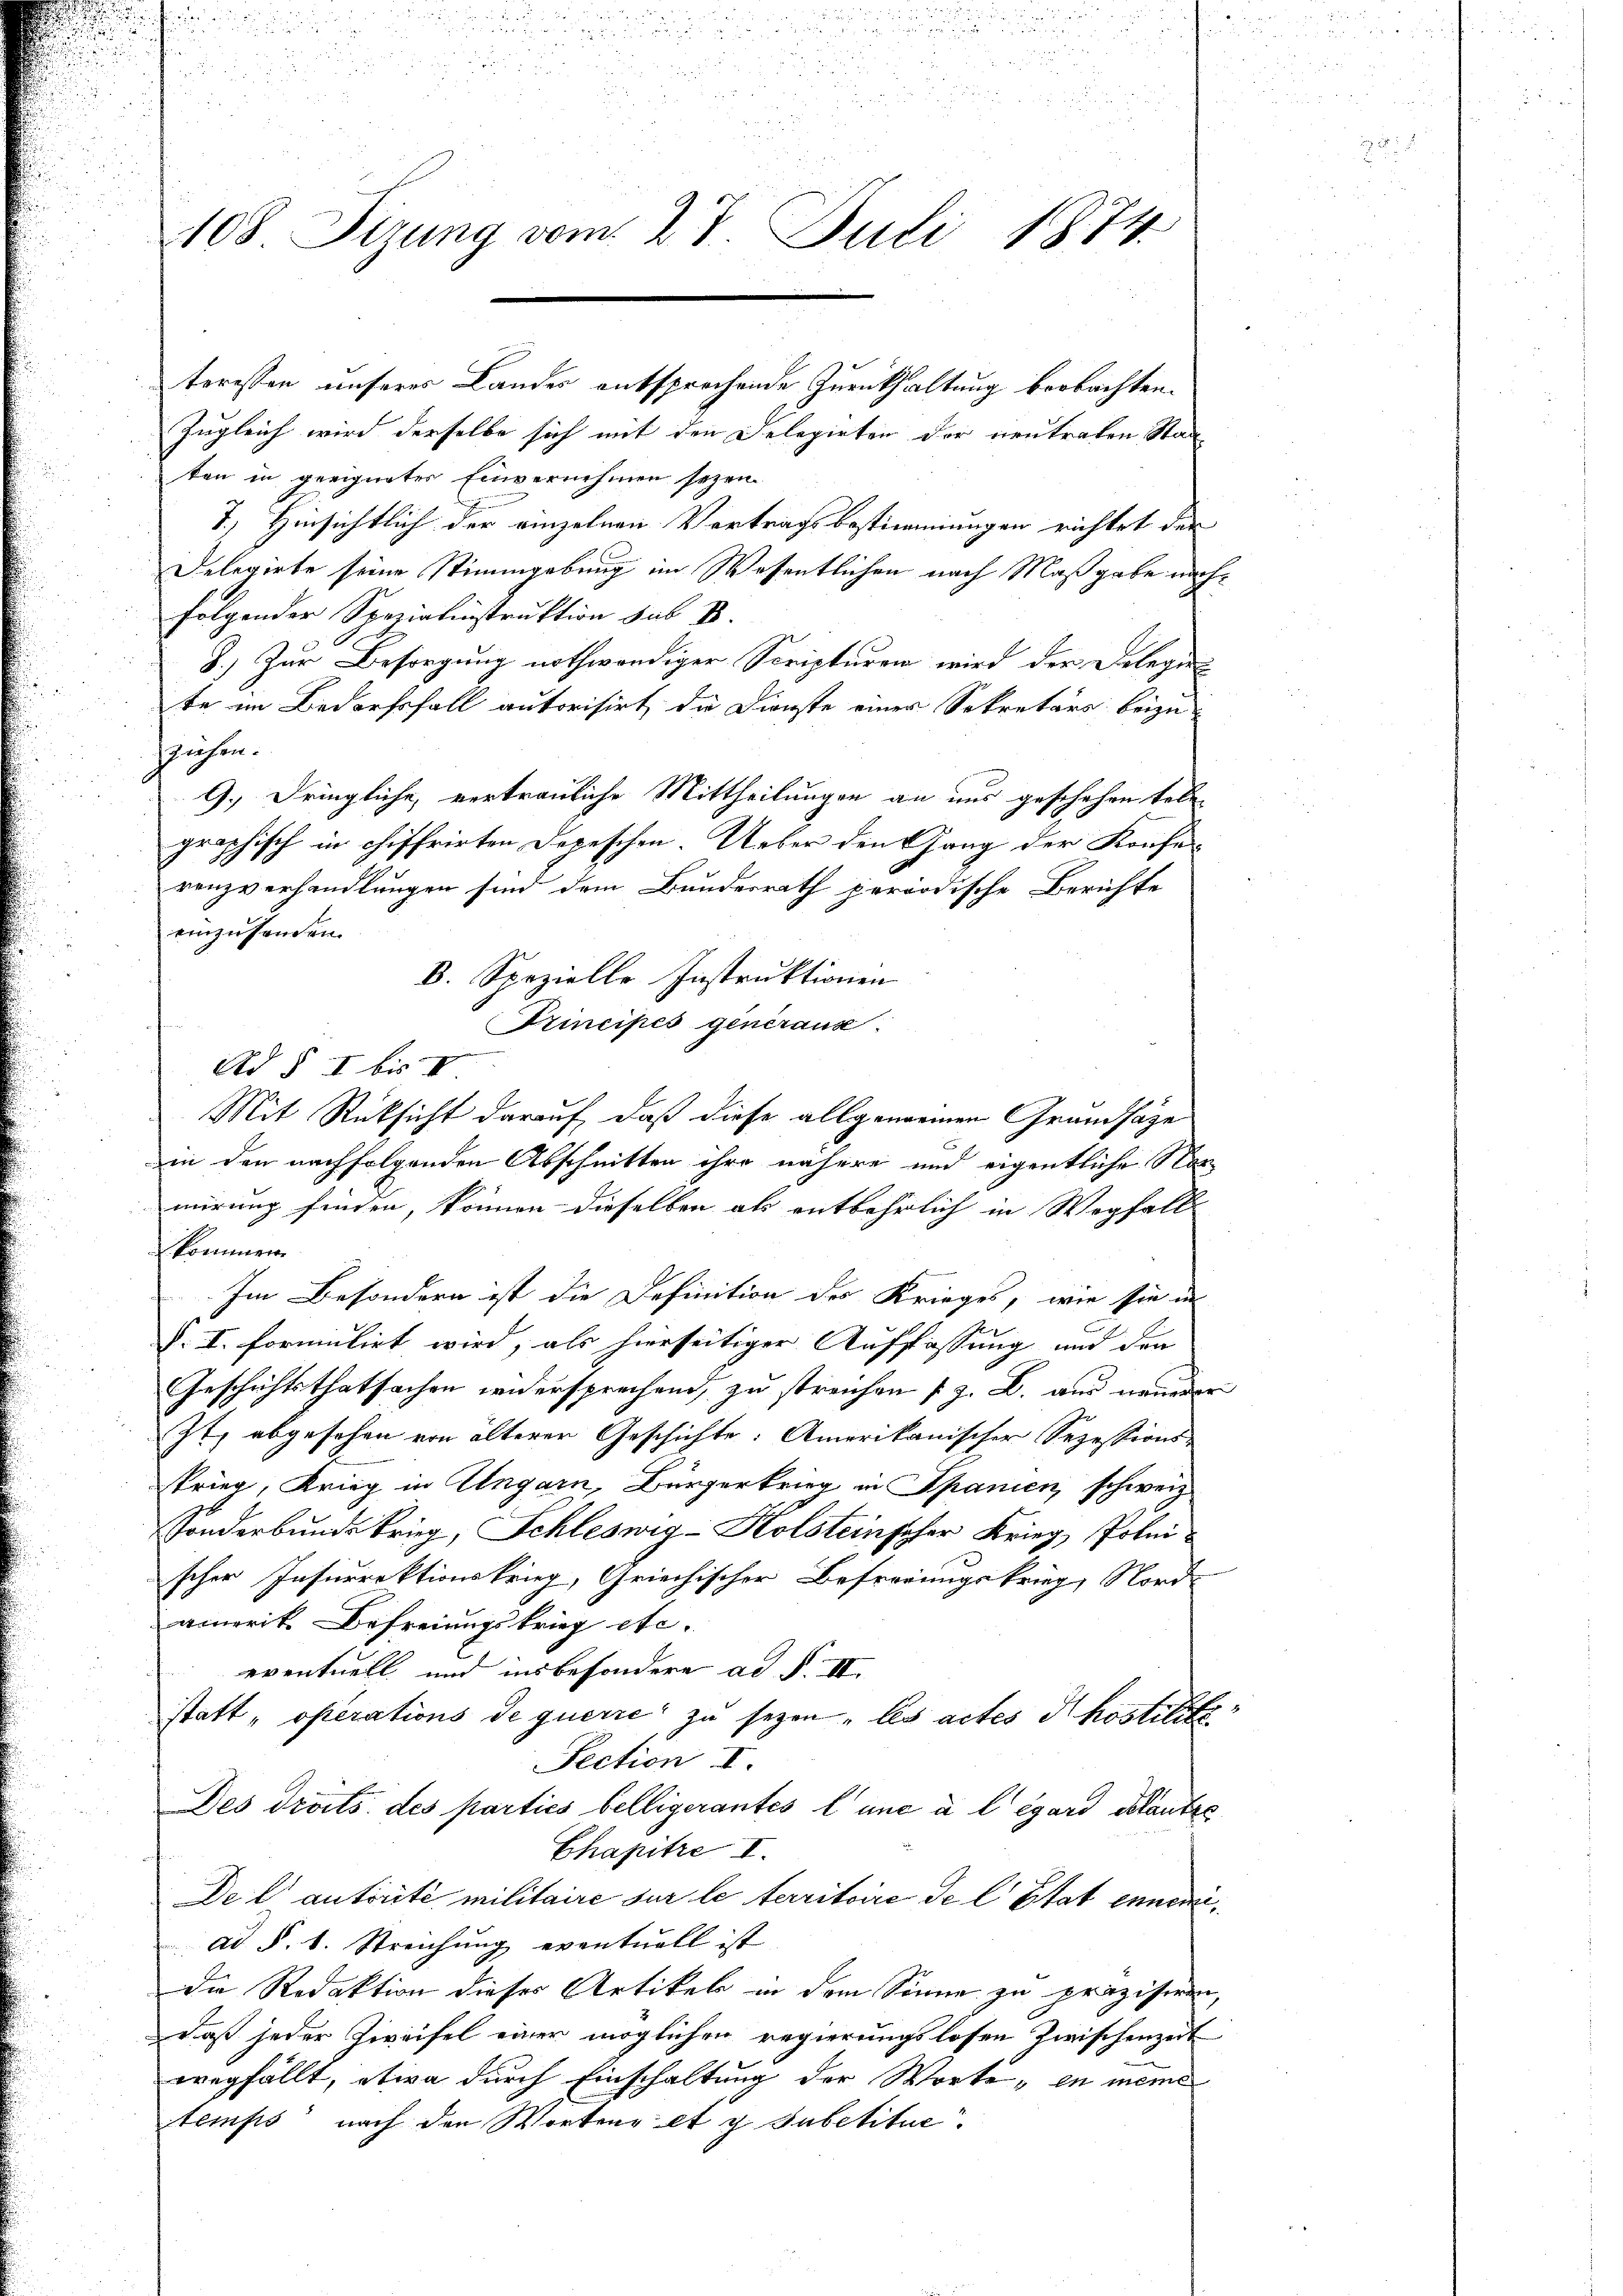
u
u
u
108 Sizung vom 27. Juli 1874

teressen unseres Landes entsprechende Zurückhaltung beobachten.
Zugleich wird derselbe sich mit den Selegirten der neutraten Staa
ten in geeigneter Einvernehmen sezen
7.) Hinsichtlich der einzelnen Vertragsbestimmungen richtet der
Delegirte seine Stimmgebung im Wesentlichen nach Maßgabe nachfolgender Spezialinstruktion sub IV.
J.) Zur Besorgung nothwendiger Scripturen wird der Delegie
te im Bedarfsfall autorisirt, die Dienste einer Sekretärs beizu
Eichen.
G. dringliche, vertrauliche Mittheilungen an uns geschehen tele
graphisch in chiffrirten Depeschen. Ueber den Gang der Konferenzverhandlungen sind dem Bundesrath periodische Berichte
einzusenden.
B. Spezielle Instruktionen
Trincipes generanz.
Ad § I bis I
Mit Rücksicht darauf, daß diese allgemeinen Grandsätze
in den nachfolgenden Abschnitten ihre nähere und eigentliche Nor
mirung finden, können dieselben als entbehrlich in Wegfall
kommen.
Im Besondern ist die Definition des Krieges, wie sie in
P. I. formulirt wird, als hierseitiger Auffassung und Fra
Geschichtsthatsachen wiedersprechend, zu streichen (z. B. aus neuerer
It, abgesehen von älterer Geschichte. Amerikanischer Sezessions-
Krieg, Krieg in Ungarn, Bürgerkrieg in Spanien, schweiz.
sonderbunde krieg, Schleswig-Holsteinscher Krieg, Polni
scher Insurrektionskrieg, Griechischer Befregungskrieg, Nord
amerik. Befreiungskrieg etc.
eventuell und insbesondere ad S. II.
statt „operations de querre zu seyen, les actes Phostilité
Fection u
Des droits des parties belligerantes l. une à l égard deranter
Chapitre I.
De l’autorité militaire sur le territoire de l’Etat ennemiad §. 8. Streichung eventuell ist
die Redaktion dieser Artikels in dem Sinne zu präzisiren,
Daß jeder Zweifel einer möglichen regierungslosen zwischenzeit
wegfällt, etwa durch Einschaltung der Worte, in meine
temps nach den Wortens et y subetitue